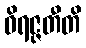
ဝိရဇ္ဇတီတိ